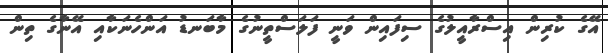
އޭގެ ކުރިން އިސްރާއީލުގެ ސިފައިން ވަނީ ފަލަސްތީނުގެ މާބަނޑު އަންހެނަކާއި އޭނާގެ ތިން